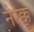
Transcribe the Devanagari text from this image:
नेरेक्कू